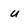
Character: u